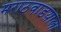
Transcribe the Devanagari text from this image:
मराठवाडय़ाला